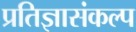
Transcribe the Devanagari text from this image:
प्रतिज्ञासंकल्प